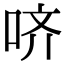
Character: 哜